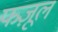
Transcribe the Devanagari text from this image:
फज़ूल